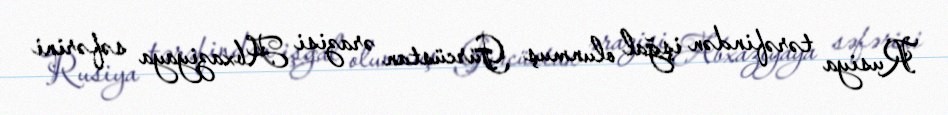
Rusiya tərəfindən işğal olunmuş Gürcüstan ərazisi Abxaziyaya səfərini